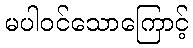
မပါဝင်သောကြောင့်